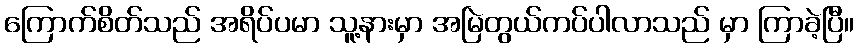
ကြောက်စိတ်သည် အရိပ်ပမာ သူ့နားမှာ အမြဲတွယ်ကပ်ပါလာသည် မှာ ကြာခဲ့ပြီ။